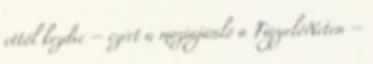
ettől kezdve – ezért a moziajánló a FigyelőNeten –